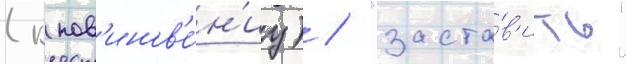
(к пов'инов'е́н'иу) / "заста́в'ить"